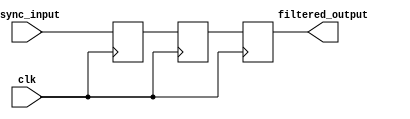
module metastability_filter (
    input wire clk,               // Clock signal
    input wire async_input,       // Asynchronous input signal
    output reg filtered_output     // Stable output signal
);

    // Internal signals for the flip-flops
    reg ff1, ff2;                 // Two flip-flops for metastability filtering

    // First flip-flop: samples the asynchronous input
    always @(posedge clk) begin
        ff1 <= async_input;       // Sample the async input
    end

    // Second flip-flop: samples the output of the first flip-flop
    always @(posedge clk) begin
        ff2 <= ff1;               // Sample the output of the first flip-flop
    end

    // Final output: stable output from the last flip-flop
    always @(posedge clk) begin
        filtered_output <= ff2;    // Assign the output
    end

endmodule